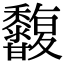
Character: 𪐒